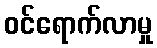
ဝင်ရောက်လာမှု